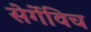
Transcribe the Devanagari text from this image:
सेर्गेविच